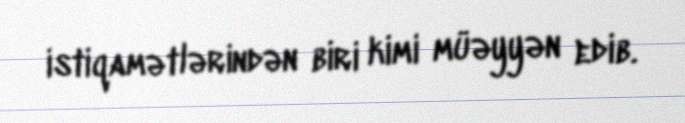
istiqamətlərindən biri kimi müəyyən edib.